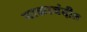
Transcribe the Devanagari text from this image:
नाकाबंदीत